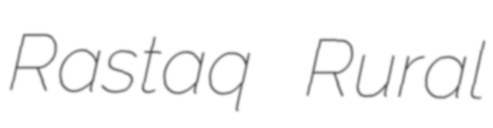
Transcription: Rastaq Rural